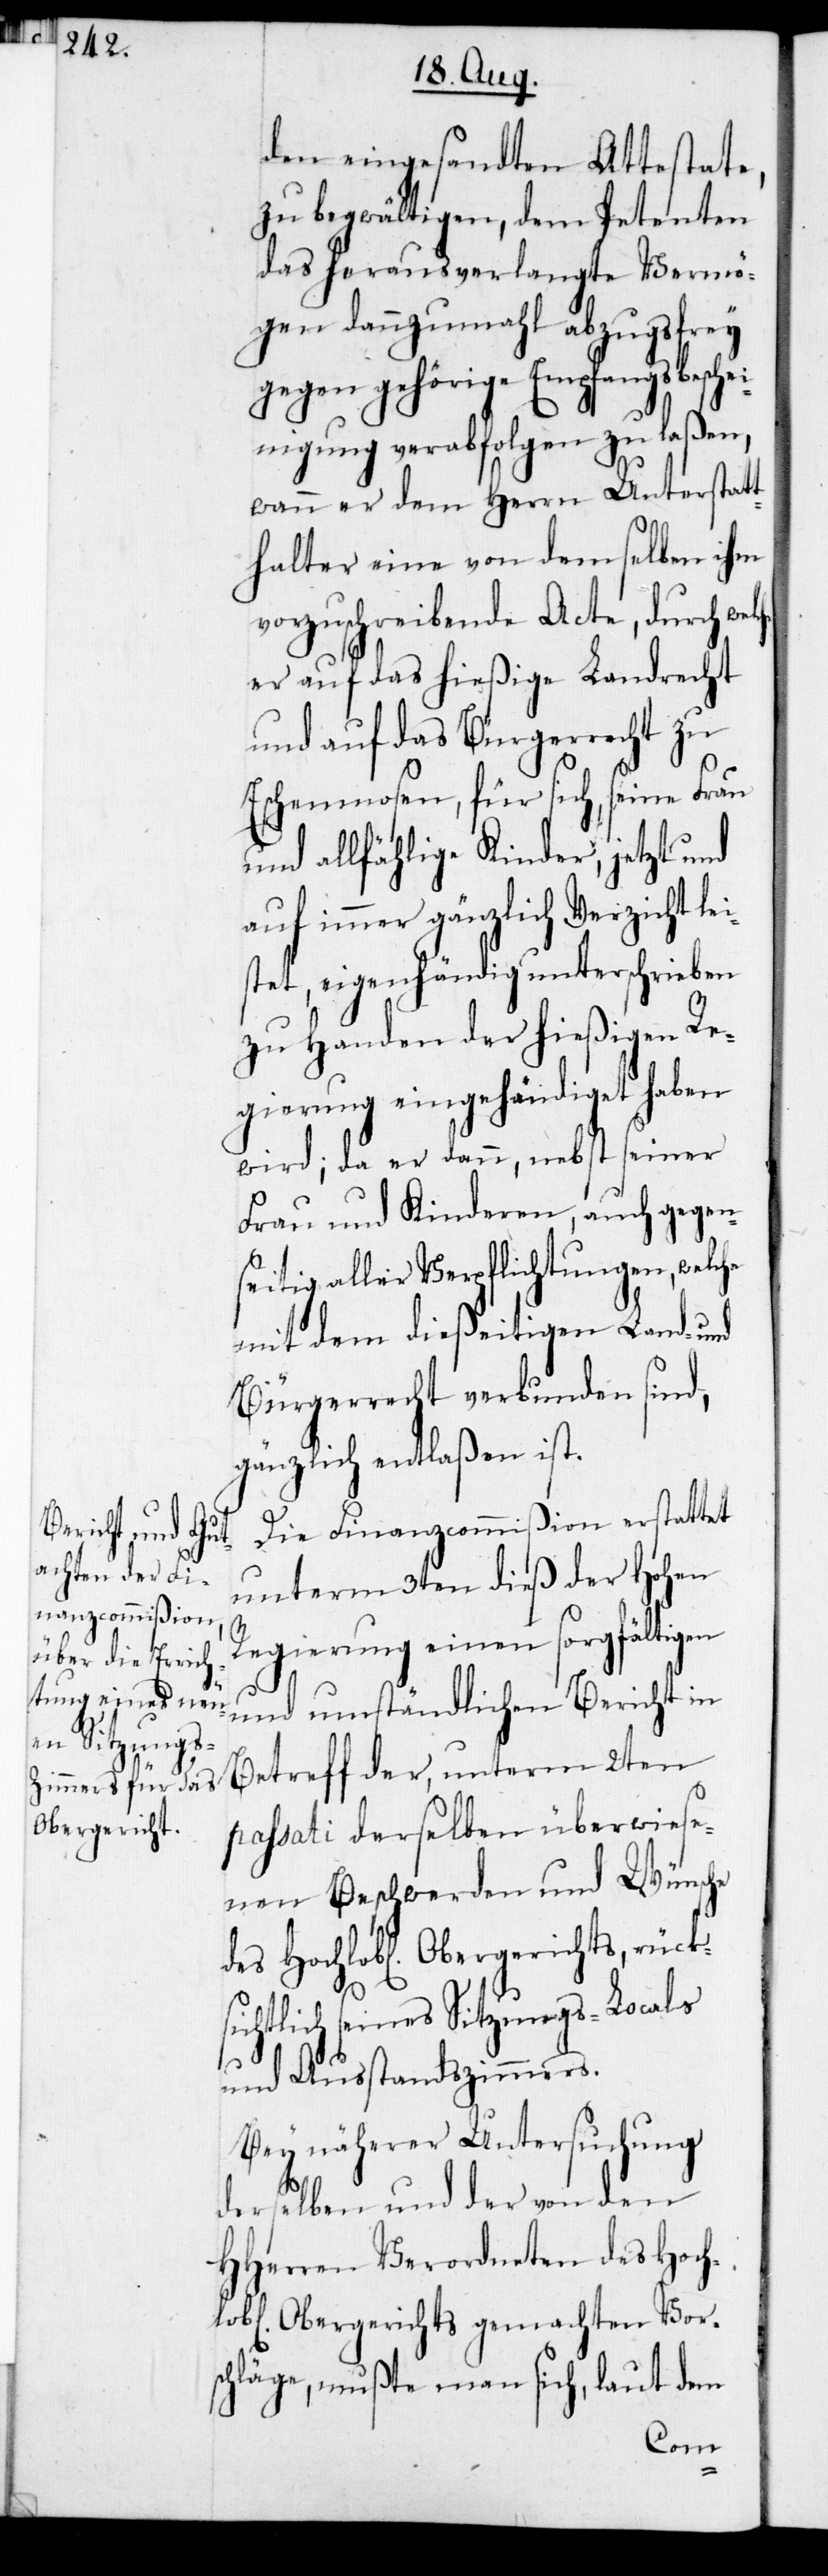
Obergerichts,

den eingesandten Attestate,
zu begwältigen, dem Petenten
das herausverlangte Vermö¬
gen dannzumahl abzugsfrey
gegen gehörige Empfangsbeschei¬
nigung verabfolgen zu laßen,
wann er dem Herrn Unterstatt¬
halter eine von demselben ihm
vorzuschreibende Acte, durch
er auf das hießige Landrecht
und auf das Bürgerrecht zu
Eschenmosen, für sich, seine Frau
und allfählige Kinder, jetzt und
auf immer gänzlich Verzicht lei¬
stet, eigenhändig unterschrieben
zu Handen der hießigen Re¬
gierung eingehändiget haben
wird; da er dann, nebst seiner
Frau und Kinderen, auch gegen¬
seitig aller Verpflichtungen, welche
mit dem dießeitigen Land- und
Bürgerrecht verbunden sind,
gänzlich entlaßen ist.
Die Finanzcommißion erstattet
unterm 3ten dieß der Hohen
Regierung einen sorgfältigen
und umständlichen Bericht in
Betreff der, unterm 2ten
passati derselben überwiese¬
nen Beschwerden und Wünsche
seines Sitzungs-Locals
und Ausstandszimmers.
Bey näherer Untersuchung
derselben und der von den
HHerren Verordneten des Hoch¬
ichen] Obergerichts gemachten Vor¬
schläge, mußte man sich, laut dem
lob[l¬